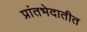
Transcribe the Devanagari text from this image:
प्रांतभेदातीत